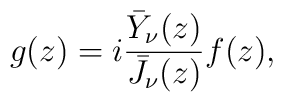
g(z)=i\frac{\bar Y_{\nu}(z)}{\bar J_{\nu}(z)}f(z),